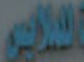
الالامين